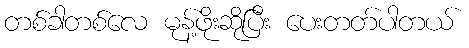
တစ်ခါတစ်လေ မုန့်ဖိုးဆိုပြီး ပေးတတ်ပါတယ်